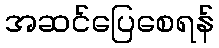
အဆင်ပြေစေရန်